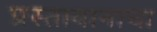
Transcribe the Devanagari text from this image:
प्रस्तावानाचा